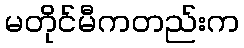
မတိုင်မီကတည်းက